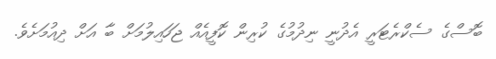
ބޮސްގެ ސެކްރެޓަރީ އެދުނީ ނިދުމުގެ ކުރިން ކޮފީއެއް ޖަހައިލުމަށް ބާ އަށް ދިއުމަށެވެ.